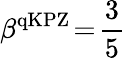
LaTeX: \beta^{\mathrm{qKPZ}}\! =\! \frac{3}{5}